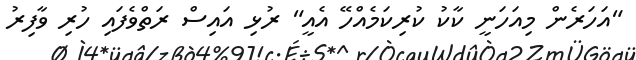
"އަހަރެން މިއަހަނީ ކާކު ކުރިކަމެއްހޭ އެއީ" ރުޅި އައިސް ރަތްވެފައި ހުރި ވާފިރު